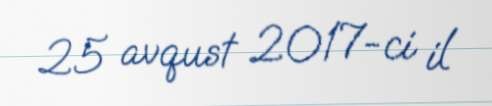
25 avqust 2017-ci il